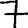
Digit: 7